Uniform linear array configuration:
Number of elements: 12
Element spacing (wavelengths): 0.5
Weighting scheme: hamming
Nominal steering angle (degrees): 15
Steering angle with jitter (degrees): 14.081
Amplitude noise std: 0.05
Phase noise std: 0.05

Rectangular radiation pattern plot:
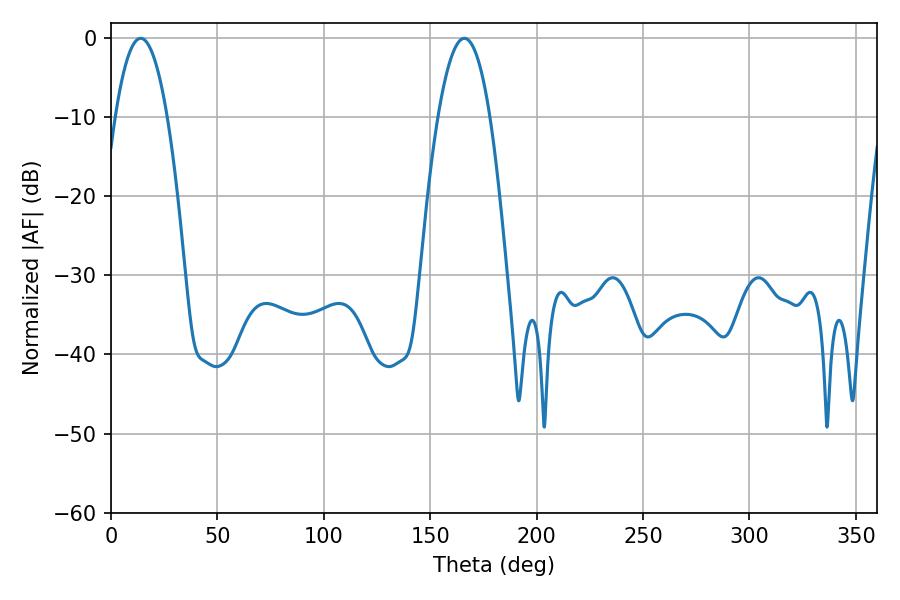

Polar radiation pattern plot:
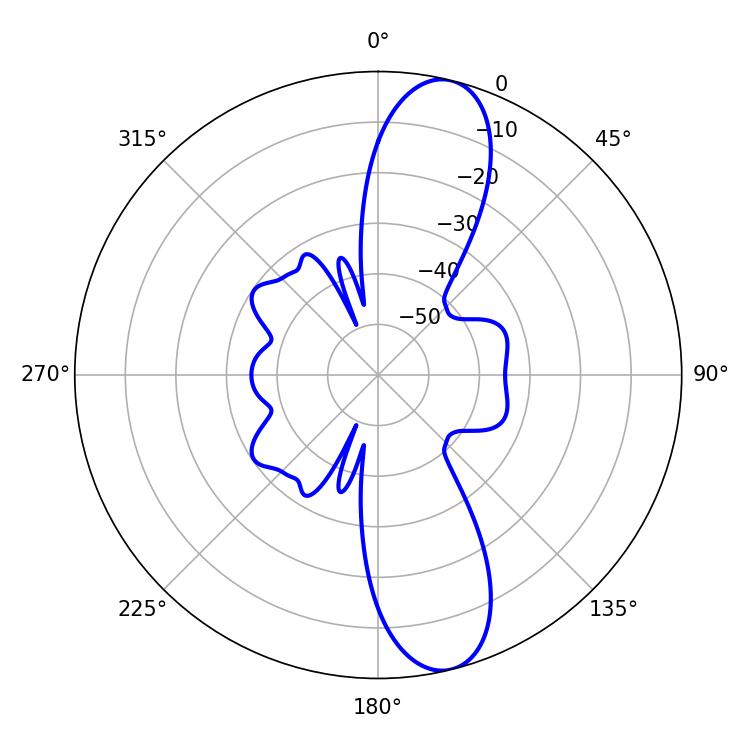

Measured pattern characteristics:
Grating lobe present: FALSE
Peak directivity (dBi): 12.162
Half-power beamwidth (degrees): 13.32
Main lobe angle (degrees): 14.04